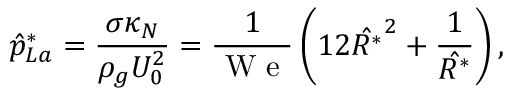
\hat { p } _ { L a } ^ { * } = \frac { \sigma \kappa _ { N } } { \rho _ { g } U _ { 0 } ^ { 2 } } = \frac { 1 } { \mathrm { ~ W ~ e ~ } } \left( 1 2 \hat { R ^ { * } } ^ { 2 } + \frac { 1 } { \hat { R ^ { * } } } \right) ,